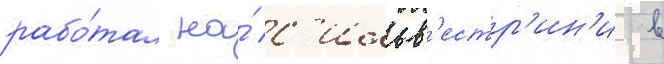
рабо́тал на́ с'ильв'естр'ин'и в